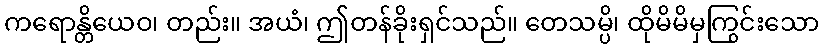
ကရောန္တိယေဝ၊ တည်း။ အယံ၊ ဤတန်ခိုးရှင်သည်။ တေသမ္ပိ၊ ထိုမိမိမှကြွင်းသော